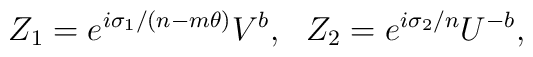
Z_1=e^{i\sigma_1/(n-m\theta)} V^b,~~Z_2=e^{i\sigma_2/n}U^{-b},